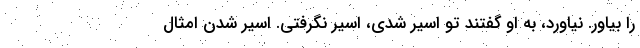
را بیاور. نیاورد، به او گفتند تو اسیر شدی، اسیر نگرفتی. اسیر شدن امثال